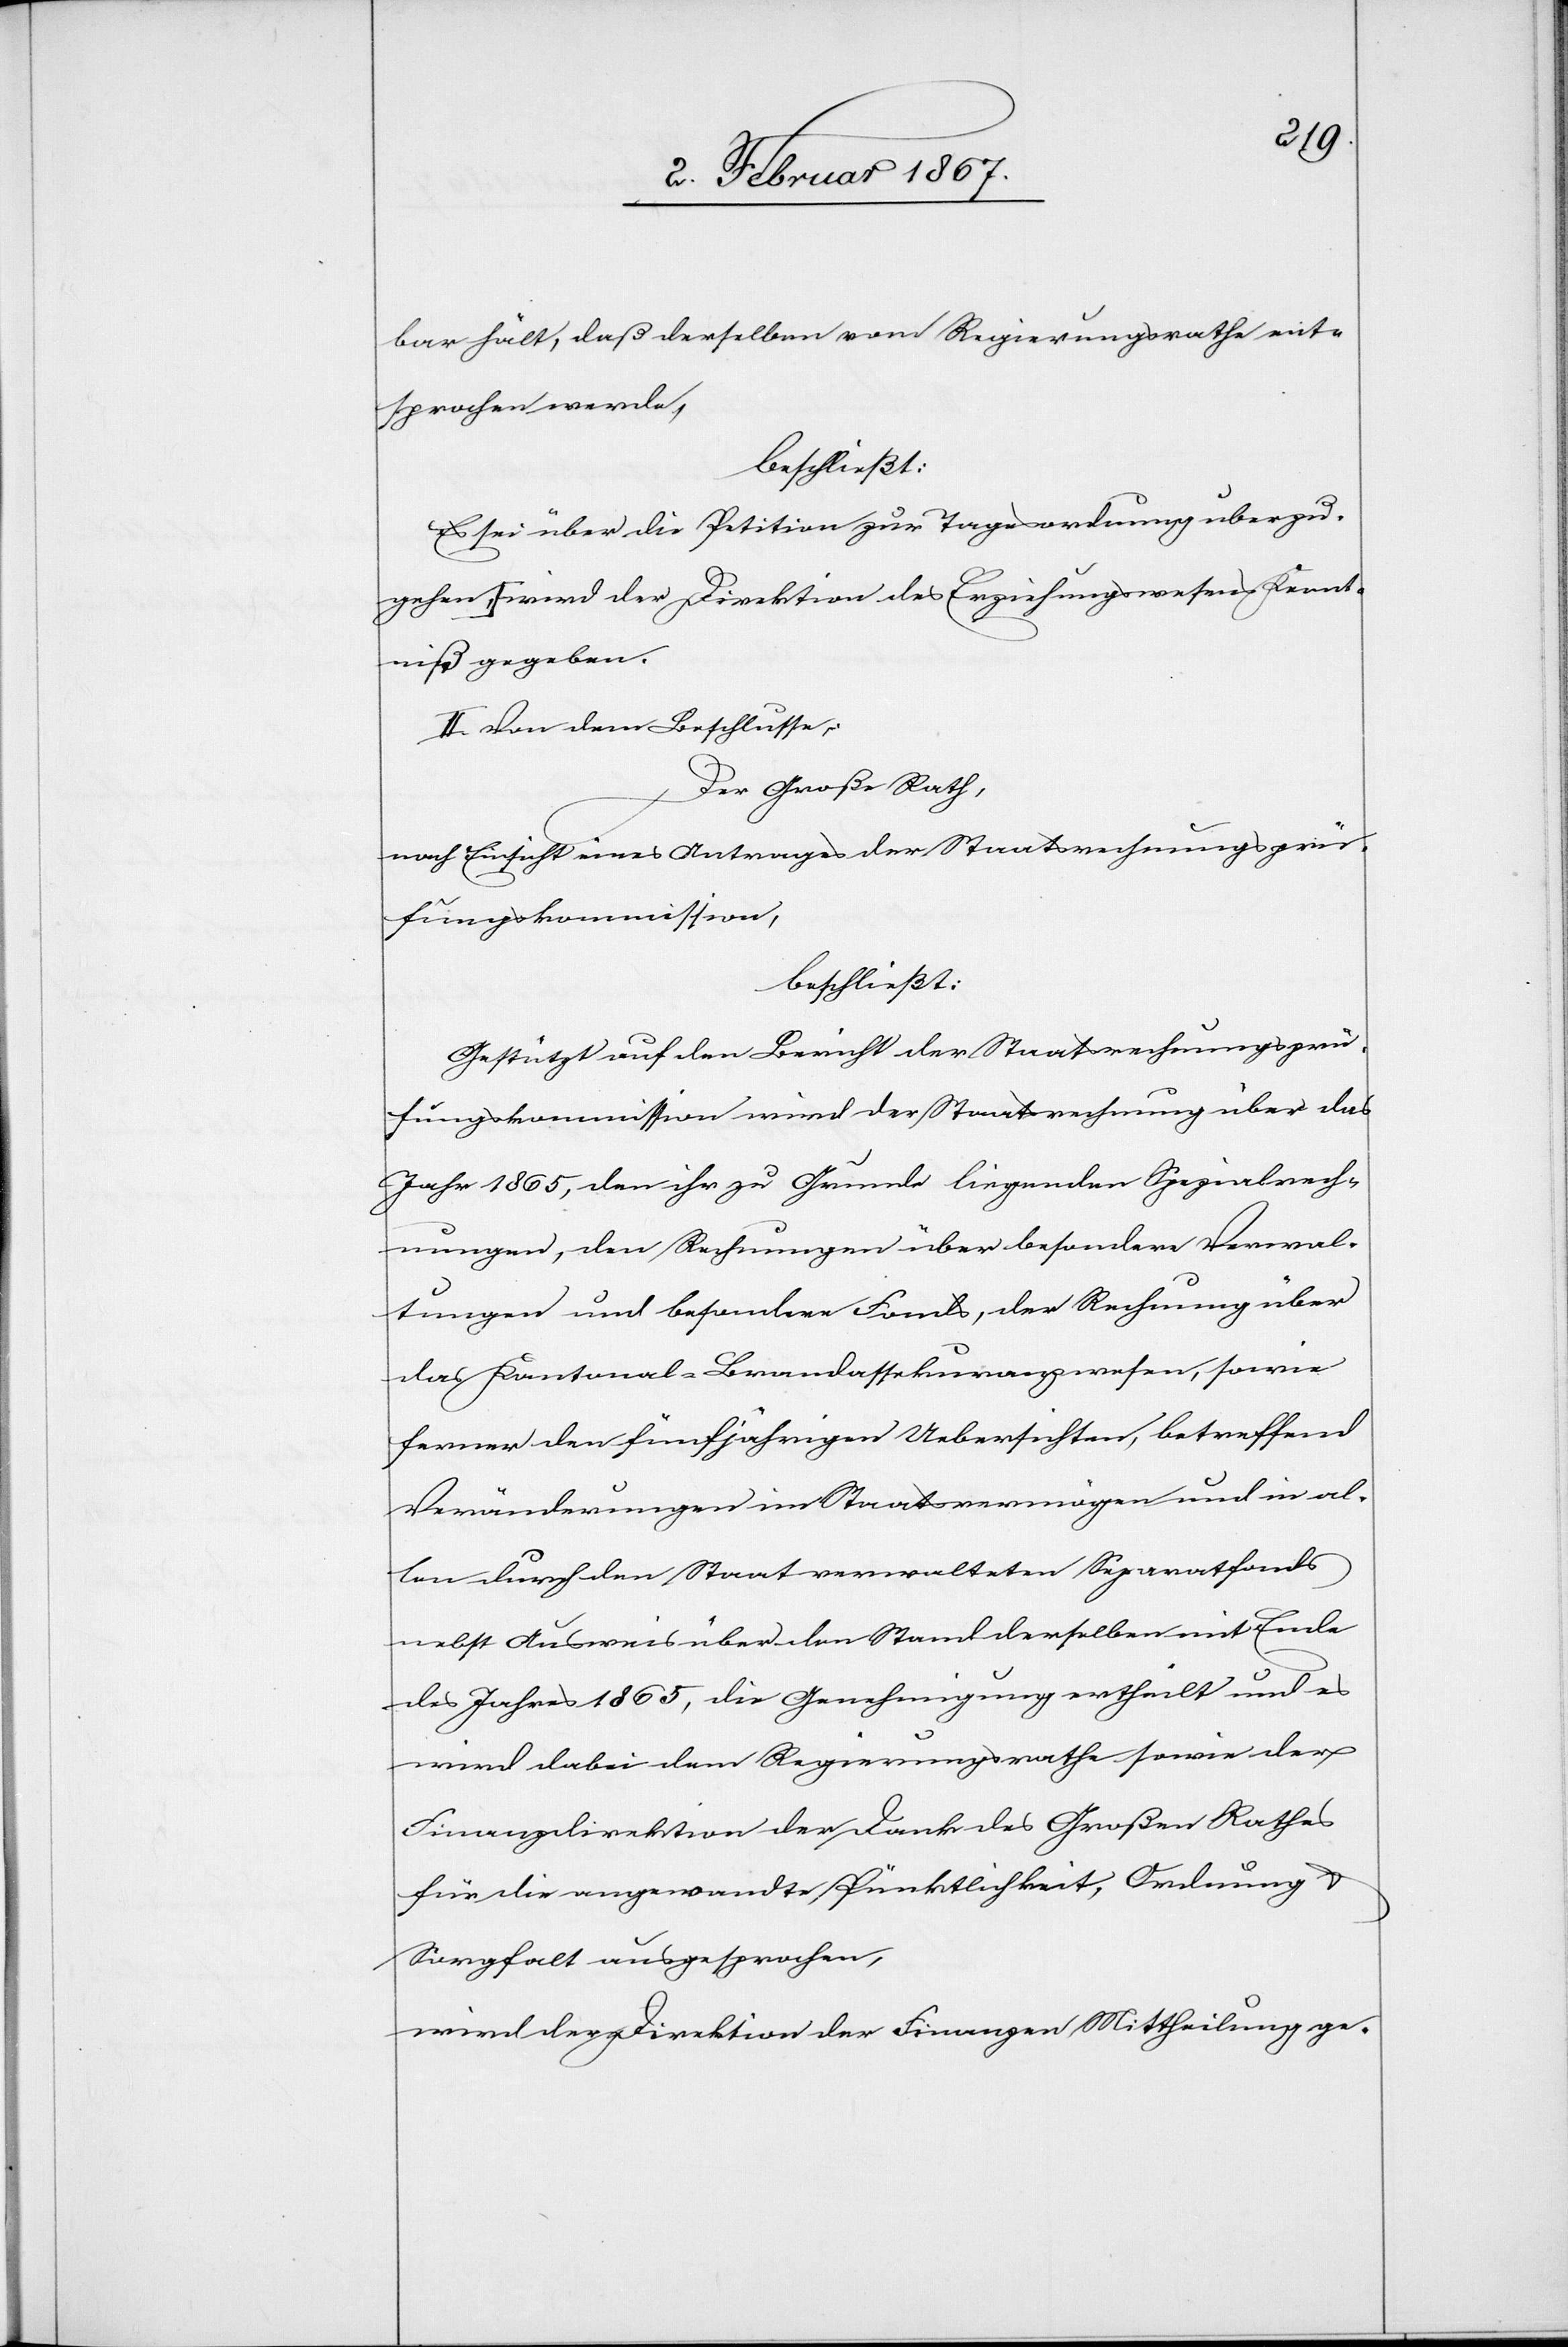
Kennt¬
bar hält, daß derselben vom Regierungsrathe ent¬
sprochen werde,
beschließt:
Es sei über die Petition zur Tagesordnung überzu¬
niß gegeben.
II. Von dem Beschlusse;
Der Große Rath,
nach Einsicht eines Antrages der Staatsrechnungsprü¬
fungskommission,
beschließt:
Gestützt auf den Bericht der Staatsrechnungsprü¬
fungskommission wird der Staatsrechnung über das
Jahr 1865, den ihr zu Grunde liegenden Spezialrech¬
nungen, den Rechnungen über besondere Verwal¬
tungen und besondere Fonds, der Rechnung über
das Kantonal-Brandassekuranzwesen, sowie
ferner den fünfjährigen Uebersichten, betreffend
Veränderungen im Staatsvermögen und in al¬
len durch den Staat verwalteten Separatfonds
nebst Ausweis über den Stand derselben mit Ende
des Jahres 1865, die Genehmigung ertheilt und es
wird dabei dem Regierungsrathe sowie der
Finanzdirektion der Dank des Großen Rathes
für die angewandte Pünktlichkeit, Ordnung &
Sorgfalt ausgesprochen,
wird der Direktion der Finanzen Mittheilung ge-